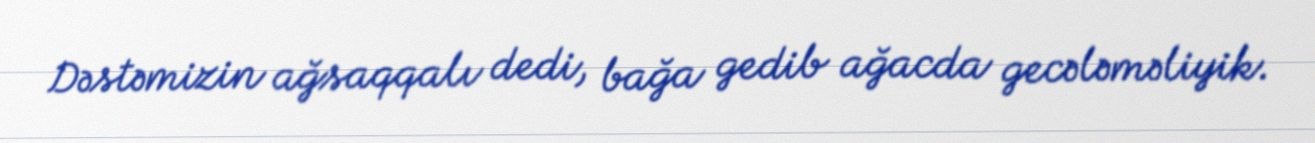
Dəstəmizin ağsaqqalı dedi, bağa gedib ağacda gecələməliyik.